NAE_kihelkonnakohtute_kirjad_ja_protokollid_1869-1889, lk 4
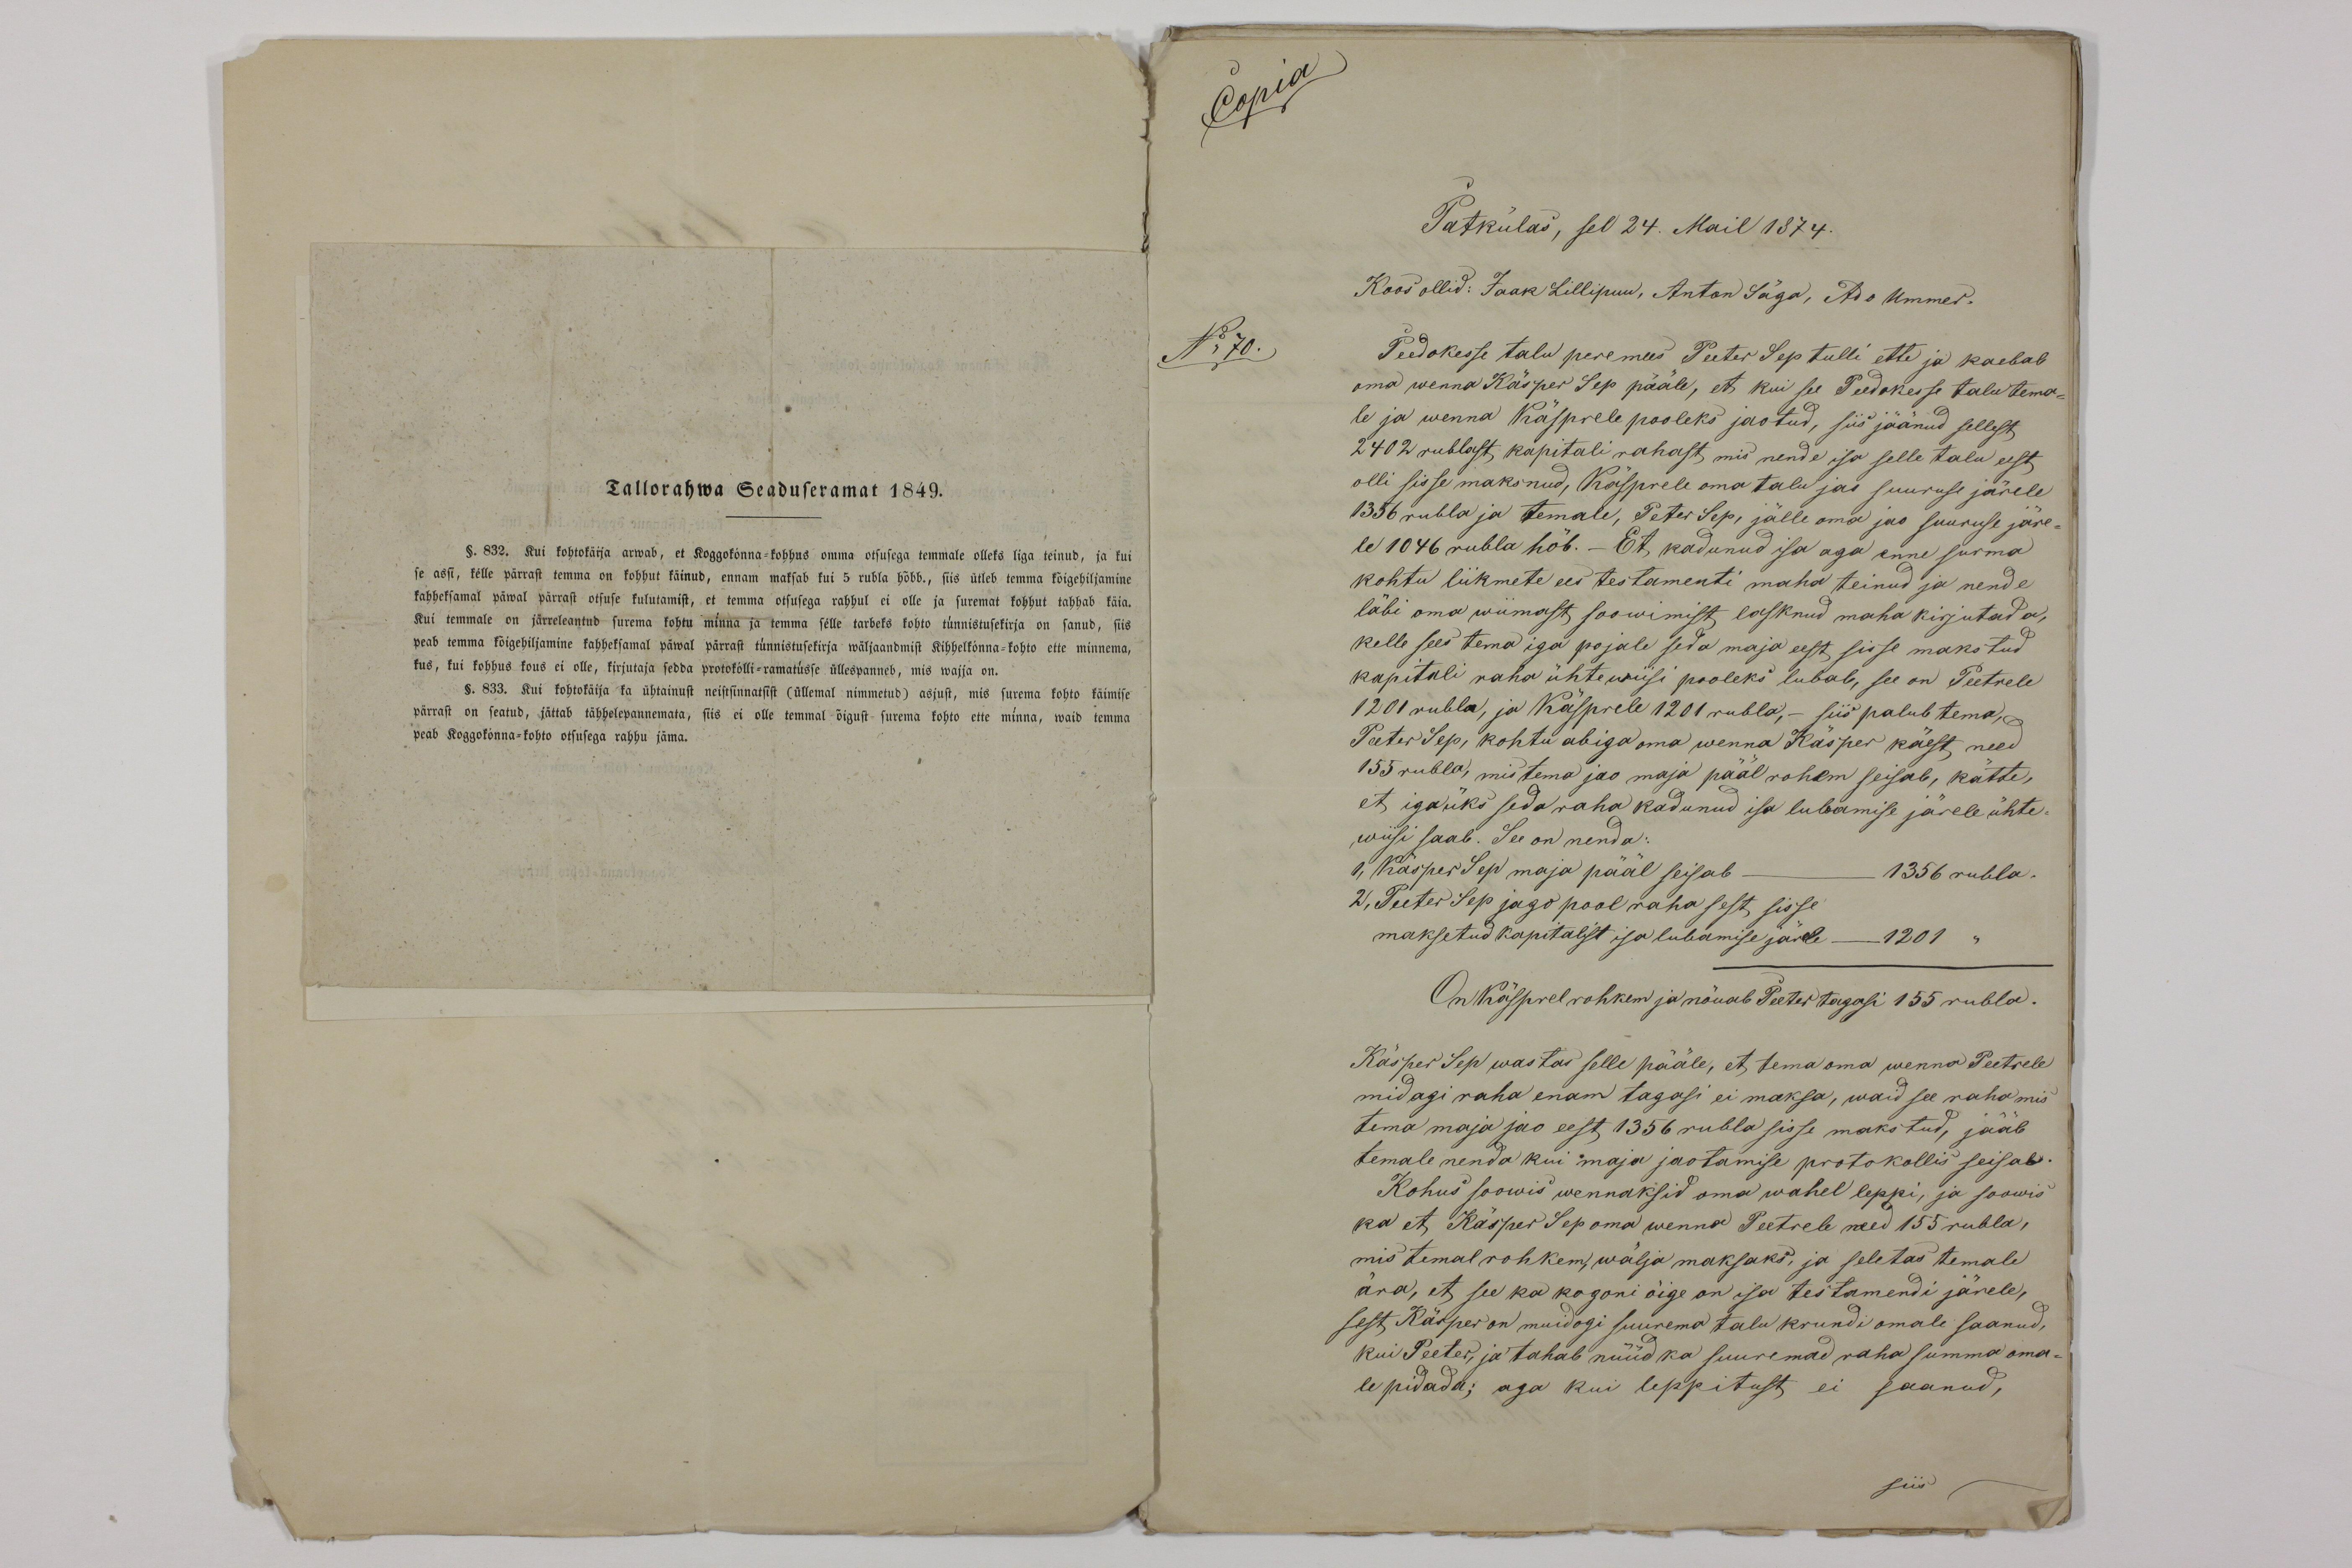
Tallorahwa Seaduseramat 1849.
§. 832. Kui kohtokäija arwab, et koggokonna-kohhus omma otsusega temmale olleks liga teinud, ja kui
se assi, kelle pärrast temma on kohhut käinud, ennam maksab kui 5 rubla hõbb., siis ütleb temma kõigehiljamine
kahheksamal päwal pärrast otsuse kulutamist, et temma otsusega rahhul ei olle ja suremat kohhut tahhab käia.
Kui temmale on järreleantud surema kohtu minna ja temma selle tarbeks kohto tüunnistusekirja on sanud, siis
peab temma kõigehiljamine kahheksamal päwal pärrast tunnistusekirja wäljaandmist Kihhelkonna-kohto ette minnema,
kus, kui kohhus kous ei olle, kirjutaja sedda protokolli-ramatusse üllespanneb, mis wajja on.
833. Kui kohtokäija ka ühtainust neisesinnatsist (üllemal nimmetud) asjust, mis surema kohto käimise
pärrast on seatud, jättab tähhelepannemata, siis ei olle temmal õigust surema kohto ette minna, waid temma
peab Koggokonna-kohto otsusega rahhu jäma.

Copia
N70.

Patkülas, sel 24. Mail 1874.
Peedokesse talu peremees Peeter Sep tulli ette ja kaebab
oma wenna Käsper Sep pääle, et kui see Peedokesse talu tema-
le ja wenna Käsprele pooleks jaotud, siis jäänud sellest
2402 rublast, kapitali rahast, mis nende isa selle talu eest
olli sisse maksnud, Käsprele oma talu jäi suuruse järele
1356 rubla ja temale, Peter Sep, jälle oma jao suuruse järe-
le 1046 rubla hõb. - Et, kadunud isa aga enne surma
kohtu liikmete ees testamenti maha teinud ja nende
läbi oma wiimast soowimist lasknud maha kirjutada,
kelle sees tema iga pojale seda maja eest sisse makstud
kapitali raha ühtewiisi pooleks lubab, see on Peetrele
1201 rubla, ja Käsprele 1201 rubla, - siis palub tema,
Peeter Sep, kohtu abiga oma wenna Käsper käest, need
155 rubla, mis tema jao maja pääl rohem seisab, kätte,
et igaüks seda raha kadunud isa lubamise järele ühte-
wiisi saab. See on nenda:
1, Käsper Sep maja pääl seisab.
1356 rubla.
2, Peeter Sep jago pool raha sest sisse
maksetud kapitalist isa lubamise järele - 1201
On Käsprel rohkem ja nõuab Peeter tagasi 155 rubla.
Käsper Sep wastas selle pääle, et tema oma wenna Peetrele
midagi raha enam tagasi ei maksa, waid see raha mis
tema maja jao eest, 1356 rubla sisse makstud, jääb
temale nenda kui maja jaotamise protokollis seisab
Kohus soowis wennaksid oma wahel leppi, ja soowis
ka et Käsper Sep oma wenna Peetrele need 155 rubla,
mis temal rohkem, walja maksaks, ja seletas temale
ära, et see ka kogoni õige on isa testamendi järele,
sest Käsper on muidogi suurema talu krundi omale saanud,
kui Peeter, ja tahab nüüd ka suuremad raha summa oma-
le pidada; aga kui leppitust ei saanud,
siis